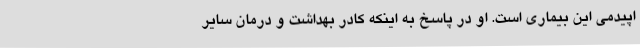
اپیدمی این بیماری است. او در پاسخ به اینکه کادر بهداشت و درمان سایر